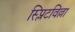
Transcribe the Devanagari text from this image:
स्प्लिटविल्ला